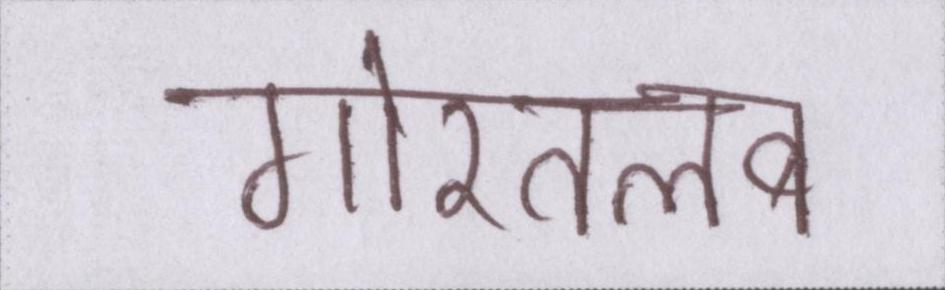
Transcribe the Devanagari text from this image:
गौरतलब